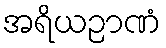
အရိယဉာဏံ